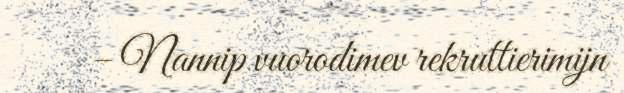
– Nannip vuorodimev rekruttierimijn